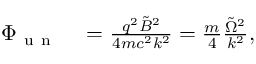
\begin{array} { r l } { \Phi _ { \mathrm { ~ u ~ n ~ } } } & { { } = \frac { q ^ { 2 } \tilde { B } ^ { 2 } } { 4 m c ^ { 2 } k ^ { 2 } } = \frac { m } { 4 } \frac { \tilde { \Omega } ^ { 2 } } { k ^ { 2 } } , } \end{array}